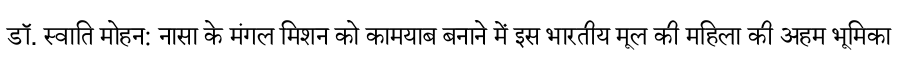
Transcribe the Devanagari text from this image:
डॉ. स्वाति मोहन: नासा के मंगल मिशन को कामयाब बनाने में इस भारतीय मूल की महिला की अहम भूमिका